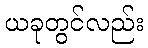
ယခုတွင်လည်း